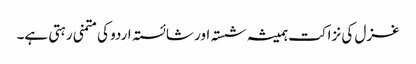
غزل کی نزاکت ہمیشہ شستہ اور شائستہ اردو کی متمنی رہتی ہے۔